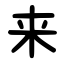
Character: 来